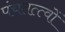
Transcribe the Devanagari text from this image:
पंचतत्त्वों